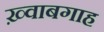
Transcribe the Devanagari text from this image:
ख़्वाबगाह